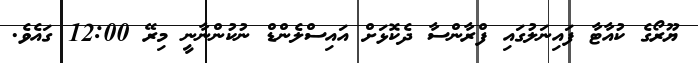
ޔޫރޯގެ ކުއާޓާ ފައިނަލުގައި ފްރާންސާ ދެކޮޅަށް އައިސްލެންޑް ނުކުންނާނީ މިރޭ 12:00 ގައެވެ.